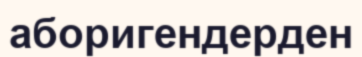
аборигендерден